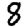
Digit: 8